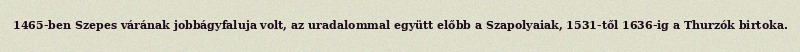
1465-ben Szepes várának jobbágyfaluja volt, az uradalommal együtt előbb a Szapolyaiak, 1531-től 1636-ig a Thurzók birtoka.